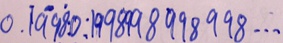
0 . \dot { 1 } \dot { 9 } 9 \dot { 8 } 0 : 1 9 9 8 9 9 8 9 9 8 9 9 8 \cdots